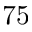
7 5